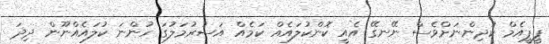
ޕީޕީއެމް ކުދިންނަށްވެސް ނޭނގޭ އެއީ ކޮންކުލައެއް ކަމެއް އަސުރުމަލުގަ ހުންނަ ކުލައެއްނޫން ދިދަ